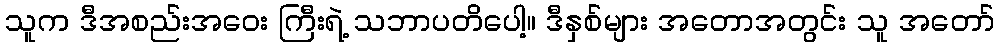
သူက ဒီအစည်းအဝေး ကြီးရဲ့ သဘာပတိပေါ့။ ဒီနှစ်များ အတောအတွင်း သူ အတော်